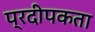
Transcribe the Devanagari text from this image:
प्रदीपकता